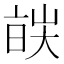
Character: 𬽔